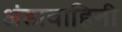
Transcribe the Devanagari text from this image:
अंडावाहिनी